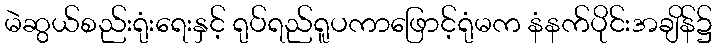
မဲဆွယ်စည်းရုံးရေးနှင့် ရုပ်ရည်ရူပကာဖြောင့်ရုံမက နံနက်ပိုင်းအချိန်၌